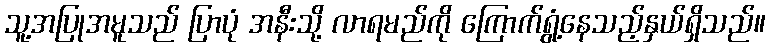
သူ့အပြုအမူသည် ပြာပုံ အနီးသို့ လာရမည်ကို ကြောက်ရွံ့နေသည့်နှယ်ရှိသည်။